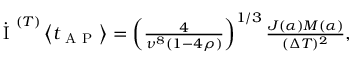
\begin{array} { r } { \dot { \mathrm { ~ I ~ } } ^ { ( T ) } \left\langle t _ { \mathrm { ~ A ~ P ~ } } \right\rangle = \left( \frac { 4 } { \nu ^ { 8 } \left( 1 - 4 \rho \right) } \right) ^ { 1 / 3 } \frac { J ( \alpha ) M ( \alpha ) } { ( \Delta T ) ^ { 2 } } , } \end{array}